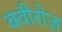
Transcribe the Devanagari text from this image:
क्वीरोज़